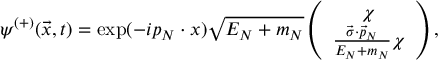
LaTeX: \psi ^ { ( + ) } ( \vec { x } , t ) = \exp ( - i p _ { N } \cdot x ) \sqrt { E _ { N } + m _ { N } } \left( \begin{array} { c } { { \chi } } \\ { { \frac { \vec { \sigma } \cdot \vec { p } _ { N } } { E _ { N } + m _ { N } } \chi } } \end{array} \right) ,